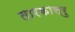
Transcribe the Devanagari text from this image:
तारकास्रु